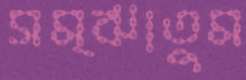
সম্‌ঝাতুম